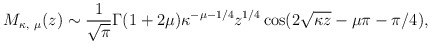
\begin{align*}M_{\kappa,\ \mu}(z)\sim{1\over\sqrt{\pi}}\Gamma(1+2\mu)\kappa^{-\mu-1/4}z^{1/4}\cos(2\sqrt{\kappa z}-\mu\pi-\pi/4),\end{align*}